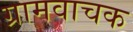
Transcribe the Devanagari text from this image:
ग्रामवाचक